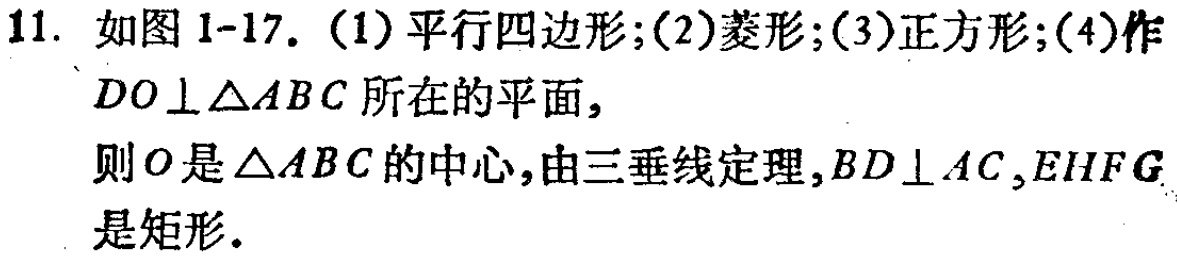
11. 如图1-17. (1)平行四边形;(2)菱形;(3)正方形;(4)作
\(DO\perp\triangle ABC\)所在的平面,
则\(O\)是\(\triangle ABC\)的中心,由三垂线定理,\(BD\perp AC\),\(EHFG\)
是矩形.